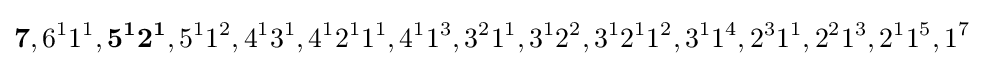
\mathbf {7} ,6^{1}1^{1},\mathbf {5^{1}2^{1}} ,5^{1}1^{2},4^{1}3^{1},4^{1}2^{1}1^{1},4^{1}1^{3},3^{2}1^{1},3^{1}2^{2},3^{1}2^{1}1^{2},3^{1}1^{4},2^{3}1^{1},2^{2}1^{3},2^{1}1^{5},1^{7}